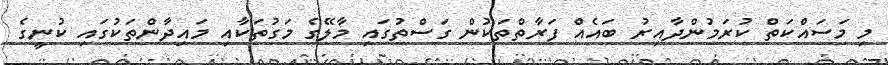
މި މަސައްކަތް ކުރަމުންދާއިރު ބައެއް ފަރާތްތަކުން ގަސްތުގައި މާލޭގެ މަގުތަކާއި މައިދާންތަކުގައި ކުނީގެ